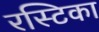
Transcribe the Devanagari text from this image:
रस्टिका